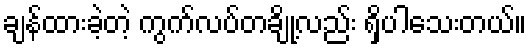
ချန်ထားခဲ့တဲ့ ကွက်လပ်တချို့လည်း ရှိပါသေးတယ်။